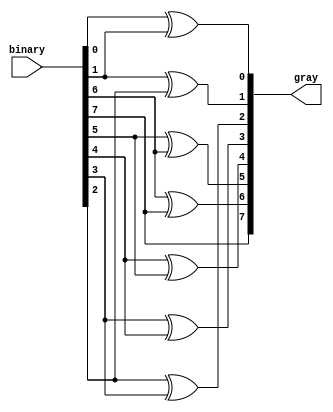
//BINTOGRAY
module GrayConverter(input [7:0] binary, output [7:0] gray);
  assign gray[7] = binary[7] ;
  assign gray[6] = binary[6] ^ binary[7];
  assign gray[5] = binary[5] ^ binary[6];
  assign gray[4] = binary[4] ^ binary[5];
  assign gray[3] = binary[3] ^ binary[4];
  assign gray[2] = binary[2] ^ binary[3];
  assign gray[1] = binary[1] ^ binary[2];
  assign gray[0] = binary[0] ^ binary[1];
endmodule